Indian journal of veterinary science and animal husbandry - Volume 2,
Year: 1932
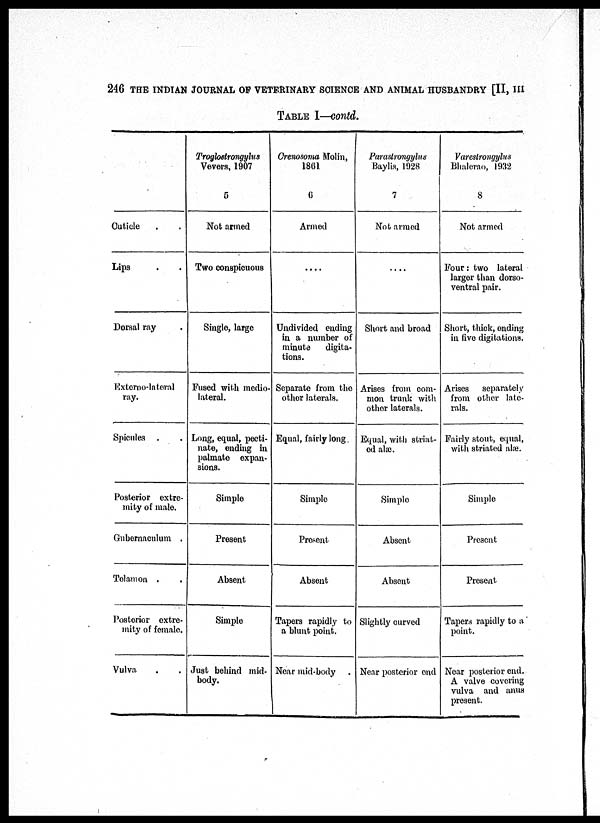
246 THE INDIAN JOURNAL OF VETERINARY SCIENCE AND ANIMAL HUSBANDRY [II, III
TABLE I—contd.
Cuticle . .
Lips . .
Dorsal ray .
Externo-lateral
ray.
Spicules . .
Posterior extre-
mity of male.
Gubernaculum .
Telamon .
Posterior extre-
mity of female.
Vulva . .
Troglostrongylus
Vevers, 1907
5
Not armed
Two conspicuous
Single, large
Fused with medio-
lateral.
Long, equal, pecti-
nate, ending in
palmate expan-
sions.
Simple
Present
Absent
Simple
Just behind mid-
body.
Crenosoma Molin,
1861
6
Armed
....
Undivided ending
in a number of
minute
digita-
tions.
Separate from the
other laterals.
Equal, fairly long.
Simple
Present
Absent
Tapers rapidly to
a blunt point.
Near mid-body .
Parastrongylus
Baylis, 1928
7
Not armed
....
Short and broad
Arises from com-
mon trunk with
other laterals.
Equal, with striat-
ed alæ.
Simple
Absent
Absent
Slightly curved
Near posterior end
Varestrongylus
Bhalerao, 1932
8
Not armed
Four: two lateral
larger than dorso-
ventral pair.
Short, thick, ending
in five digitations.
Arises
separately
from other late-
rals.
Fairly stout, equal,
with striated alæ.
Simple
Present
Present
Tapers rapidly to a
point.
Near posterior end.
A valve covering
vulva and anus
present.